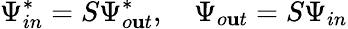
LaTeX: \Psi_{in}^{*}=S\Psi_{o\mathbf{u}t}^{*},\quad\Psi_{o\mathbf{u}t}=S\Psi_{in}